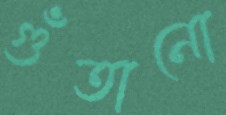
গুঁতানো